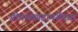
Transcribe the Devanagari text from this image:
गोपाळगडापर्यंतचा